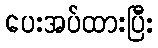
ပေးအပ်ထားပြီး